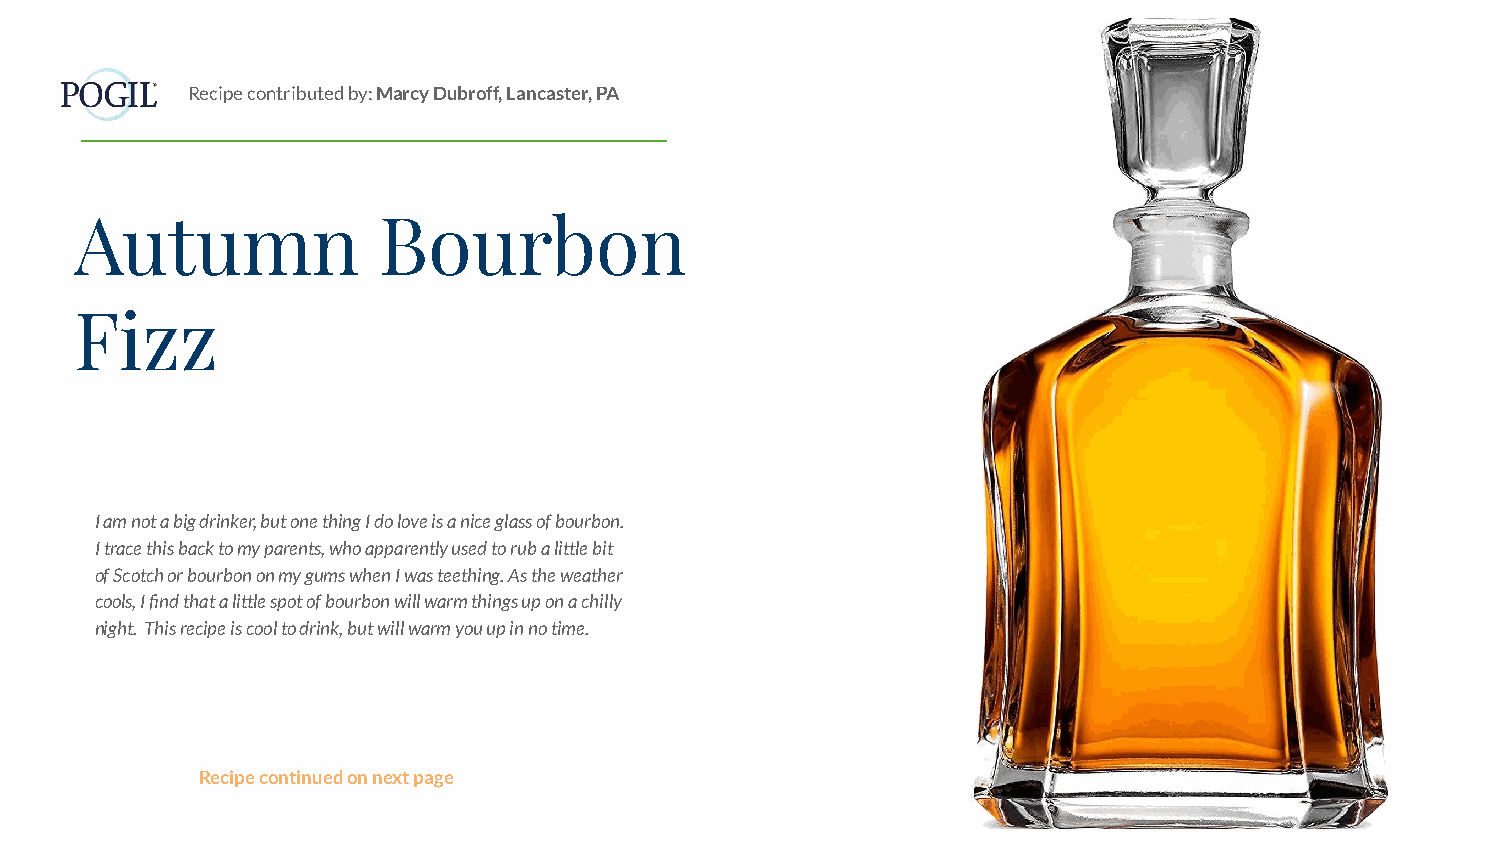
Recipe contributed by: Marcy Dubroff, Lancaster, PA
 Autumn              Bourbon
 Fizz
 I am not a big drinker, but one thing I do love is a nice glass of bourbon.
 I trace this back to my parents, who apparently used to rub a little bit
 of Scotch or bourbon on my gums when I was teething. As the weather
 cools, I find that a little spot of bourbon will warm things up on a chilly
 night. This recipe is cool to drink, but will warm you up in no time.
 Recipe continued on next page